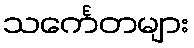
သင်္ကေတများ